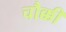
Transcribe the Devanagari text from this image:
चौक्की